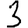
Digit: 3